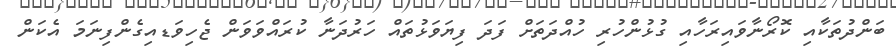
ބަންދުތަކާއި ކޮރޯނާވައިރަހާއި ގުޅުންހުރި ހުއްދަތަށް ފަދަ ފިޔަވަޅުތައް ހަރުދަނާ ކުރައްވަވަން ޖެހިވަޑއިގެންފިނަމަ އެކަން